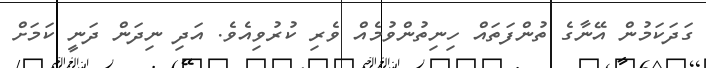
ގަދަކަމުން އޭނާގެ ތުންފަތައް ހިނިތުންވުމެއް ވެރި ކުރުވިއެވެ. އަދި ނިދަން ދަނީ ކަމަށް